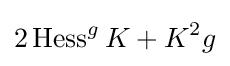
2\operatorname {Hess} ^{g}K+K^{2}g